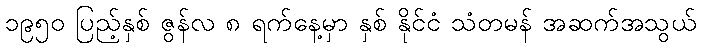
၁၉၅၀ ပြည့်နှစ် ဇွန်လ ၈ ရက်နေ့မှာ နှစ် နိုင်ငံ သံတမန် အဆက်အသွယ်